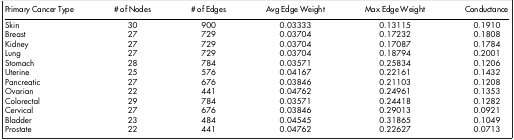
| Primary Cancer Type | # of Nodes | # of Edges | Avg Edge Weight | Max Edge Weight | Conductance |
 | --- | --- | --- | --- | --- | --- |
 | Skin | 30 | 900 | 0.03333 | 0.13115 | 0.1910 |
 | Breast | 27 | 729 | 0.03704 | 0.17232 | 0.1808 |
 | Kidney | 27 | 729 | 0.03704 | 0.17087 | 0.1784 |
 | Lung | 27 | 729 | 0.03704 | 0.18794 | 0.2001 |
 | Stomach | 28 | 784 | 0.03571 | 0.25834 | 0.1206 |
 | Uterine | 25 | 576 | 0.04167 | 0.22161 | 0.1432 |
 | Pancreatic | 27 | 676 | 0.03846 | 0.21103 | 0.1208 |
 | Ovarian | 22 | 441 | 0.04762 | 0.24961 | 0.1353 |
 | Colorectal | 29 | 784 | 0.03571 | 0.24418 | 0.1282 |
 | Cervical | 27 | 676 | 0.03846 | 0.29013 | 0.0921 |
 | Bladder | 23 | 484 | 0.04545 | 0.31865 | 0.1049 |
 | Prostate | 22 | 441 | 0.04762 | 0.22627 | 0.0713 |